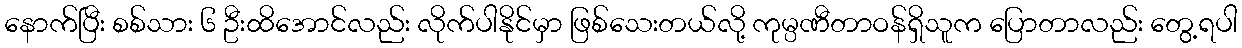
နောက်ပြီး စစ်သား ၆ ဦးထိအောင်လည်း လိုက်ပါနိုင်မှာ ဖြစ်သေးတယ်လို့ ကုမ္ပဏီတာဝန်ရှိသူက ပြောတာလည်း တွေ့ရပါ